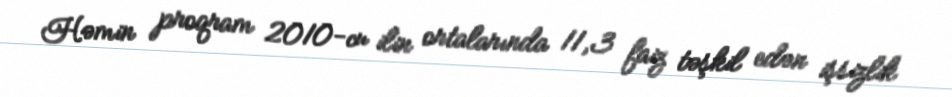
Həmin proqram 2010-cu ilin ortalarında 11,3 faiz təşkil edən işsizlik